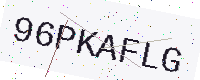
Text: 96PKAFLG